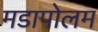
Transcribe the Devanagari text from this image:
मडापोलम